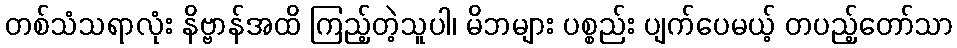
တစ်သံသရာလုံး နိဗ္ဗာန်အထိ ကြည့်တဲ့သူပါ၊ မိဘများ ပစ္စည်း ပျက်ပေမယ့် တပည့်တော်သာ